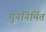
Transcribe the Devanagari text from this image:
पुननिर्मित